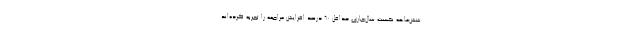
شش‌ماهه نخست سال‌جاری حداقل ۶۰ درصد افزایش مراجعه را تجربه کرده‌اند.